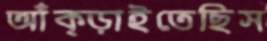
আঁক্‌ড়াইতেছিস